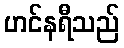
ဟင်နရီသည်